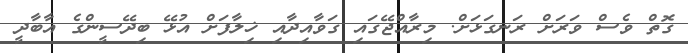
ގޮތް ވެސް ވަރަށް ރަނގަޅަށް. މިރާއްޖޭގައި ގަވާއިދާއި ޚިލާފަށް އުޅޭ ބިދޭސީންގެ އާބާދީ